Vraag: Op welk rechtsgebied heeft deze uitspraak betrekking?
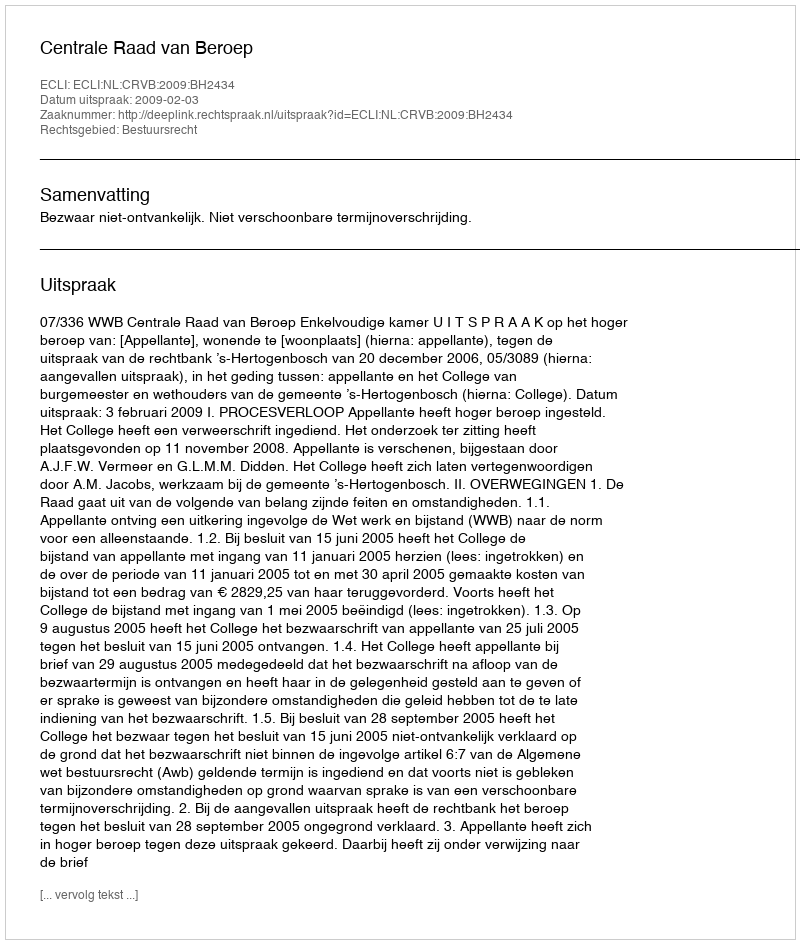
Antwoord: Bestuursrecht